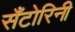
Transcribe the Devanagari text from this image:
सँटोरिनी